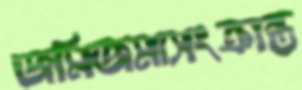
জমিজমাসংক্রান্ত